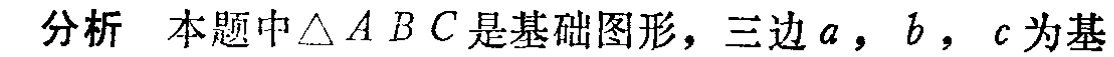
分析 本题中$\triangle ABC$是基础图形，三边$a$，$b$，$c$为基